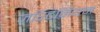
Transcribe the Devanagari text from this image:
जस्टिनियम